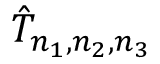
{ \hat { T } } _ { n _ { 1 } , n _ { 2 } , n _ { 3 } }